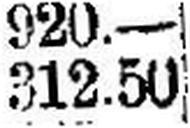
312.50